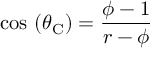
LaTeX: \cos \, \left( \theta _ { \mathrm { C } } \right) = { \frac { \phi - 1 } { r - \phi } }